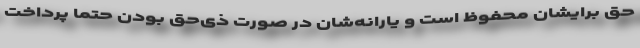
حق برایشان محفوظ است و یارانه‌شان در صورت ذی‌حق بودن حتماً پرداخت